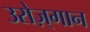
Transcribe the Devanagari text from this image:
उरोज़्गान